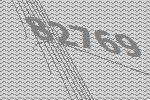
82769